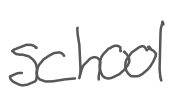
Text: school
Cross-out: clean
Writing tool: digital_gray